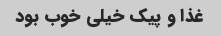
غذا و پیک خیلی خوب بود